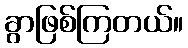
ခွာဖြစ်ကြတယ်။